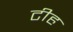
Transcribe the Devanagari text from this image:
टीह